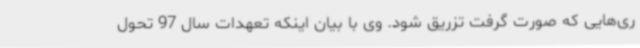
ری‌هایی که صورت گرفت تزریق شود. وی با بیان اینکه تعهدات سال 97 تحول